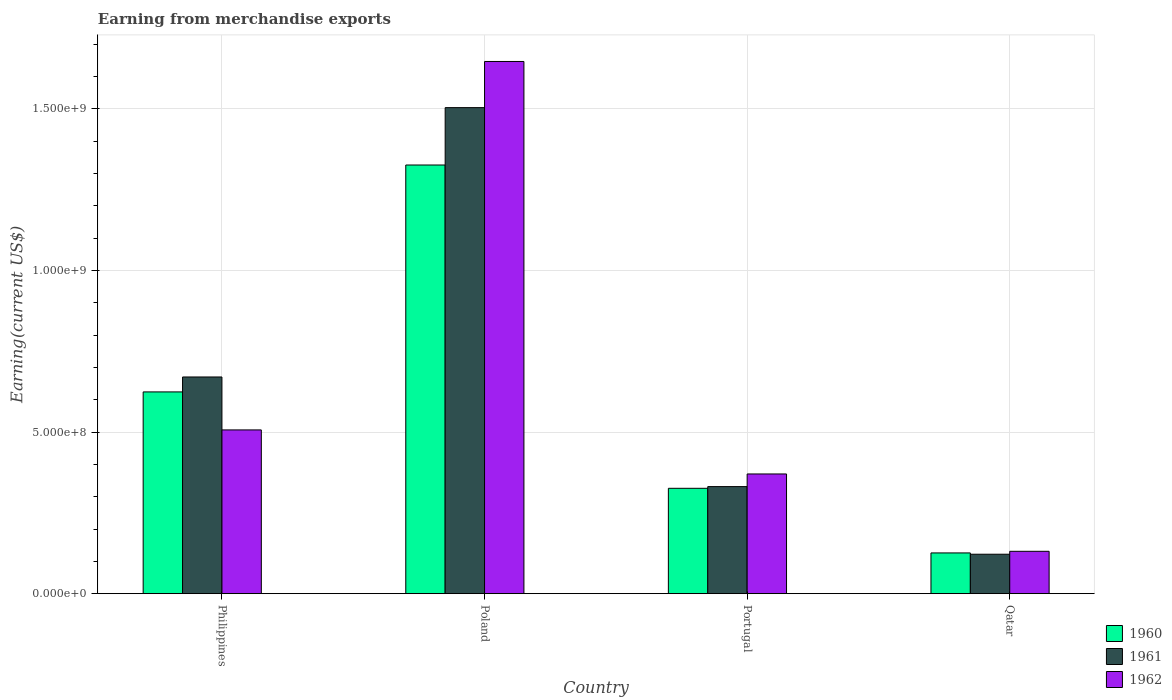
| Country | 1960 | 1961 | 1962 |
 | --- | --- | --- | --- |
 | Philippines | 6.24e+08 | 6.7e+08 | 5.07e+08 |
 | Poland | 1.33e+09 | 1.5e+09 | 1.65e+09 |
 | Portugal | 3.26e+08 | 3.31e+08 | 3.7e+08 |
 | Qatar | 1.26e+08 | 1.22e+08 | 1.31e+08 |